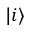
| i \rangle